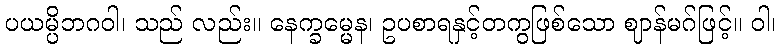
ပယမ္ပိဘဂဝါ၊ သည် လည်း။ နေက္ခမ္မေန၊ ဥပစာရနှင့်တကွဖြစ်သော ဈာန်မဂ်ဖြင့်။ ဝါ၊